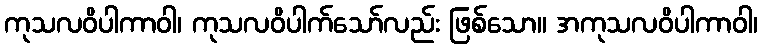
ကုသလဝိပါကာဝါ၊ ကုသလဝိပါက်သော်လည်း ဖြစ်သော။ အကုသလဝိပါကာဝါ၊